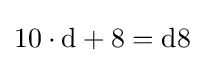
10\cdot {\text{d}}+8={\text{d8}}